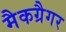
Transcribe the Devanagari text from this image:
मैकग्रैगर